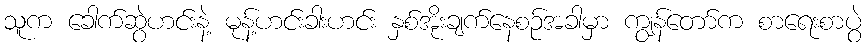
သူက ခေါက်ဆွဲဟင်းနဲ့ မုန့်ဟင်းခါးဟင်း နှစ်အိုးချက်နေစဉ်အခါမှာ ကျွန်တော်က စာရေးစာပွဲ